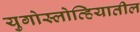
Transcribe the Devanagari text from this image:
युगोस्लोव्हियातील